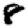
Digit: 8